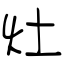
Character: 灶